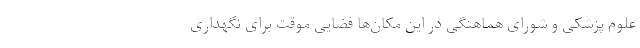
علوم پزشکی و شورای هماهنگی در این مکان‌ها فضایی موقت برای نگهداری